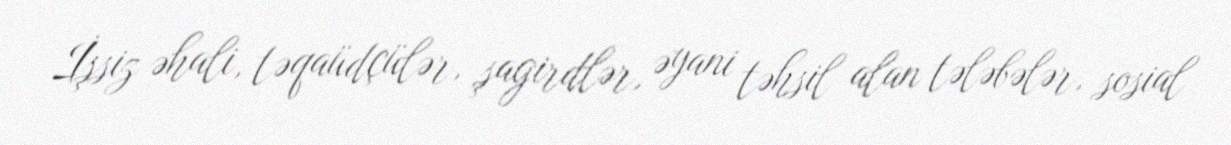
İşsiz əhali, təqaüdçülər, şagirdlər, əyani təhsil alan tələbələr, sosial